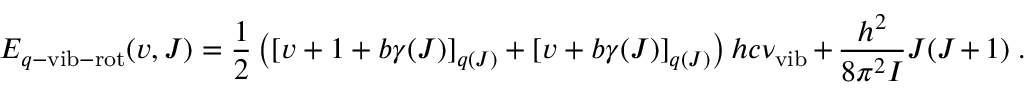
E _ { q - \mathrm { v i b - r o t } } ( v , J ) = { \frac { 1 } { 2 } } \left( [ v + 1 + b \gamma ( J ) ] _ { q ( J ) } + [ v + b \gamma ( J ) ] _ { q ( J ) } \right) h c \nu _ { \mathrm { v i b } } + \frac { h ^ { 2 } } { 8 \pi ^ { 2 } I } J ( J + 1 ) ~ .